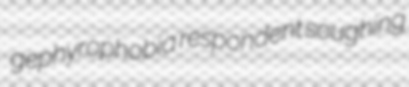
gephyrophobia respondent soughing